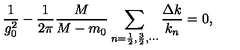
\frac { 1 } { g _ { 0 } ^ { 2 } } - \frac { 1 } { 2 \pi } \frac { M } { M - m _ { 0 } } \sum _ { n = \frac 1 2 , \frac 3 2 , \cdots } \frac { \Delta k } { k _ { n } } = 0 ,